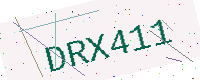
Text: DRX411